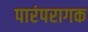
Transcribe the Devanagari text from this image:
पारंपरागक